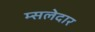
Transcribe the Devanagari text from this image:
म्सलेदार